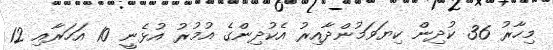
މިހާރު 36 ކުދިން ކިޔަވަމުންދާއިރު އެކުދިންގެ އުމުރު އުޅެނީ 10 އަހަރާއި 12